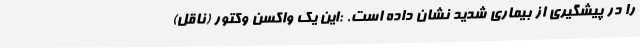
را در پیشگیری از بیماری شدید نشان داده است. :این یک واکسن وکتور (ناقل)